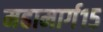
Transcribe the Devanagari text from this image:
महामार्ग१५